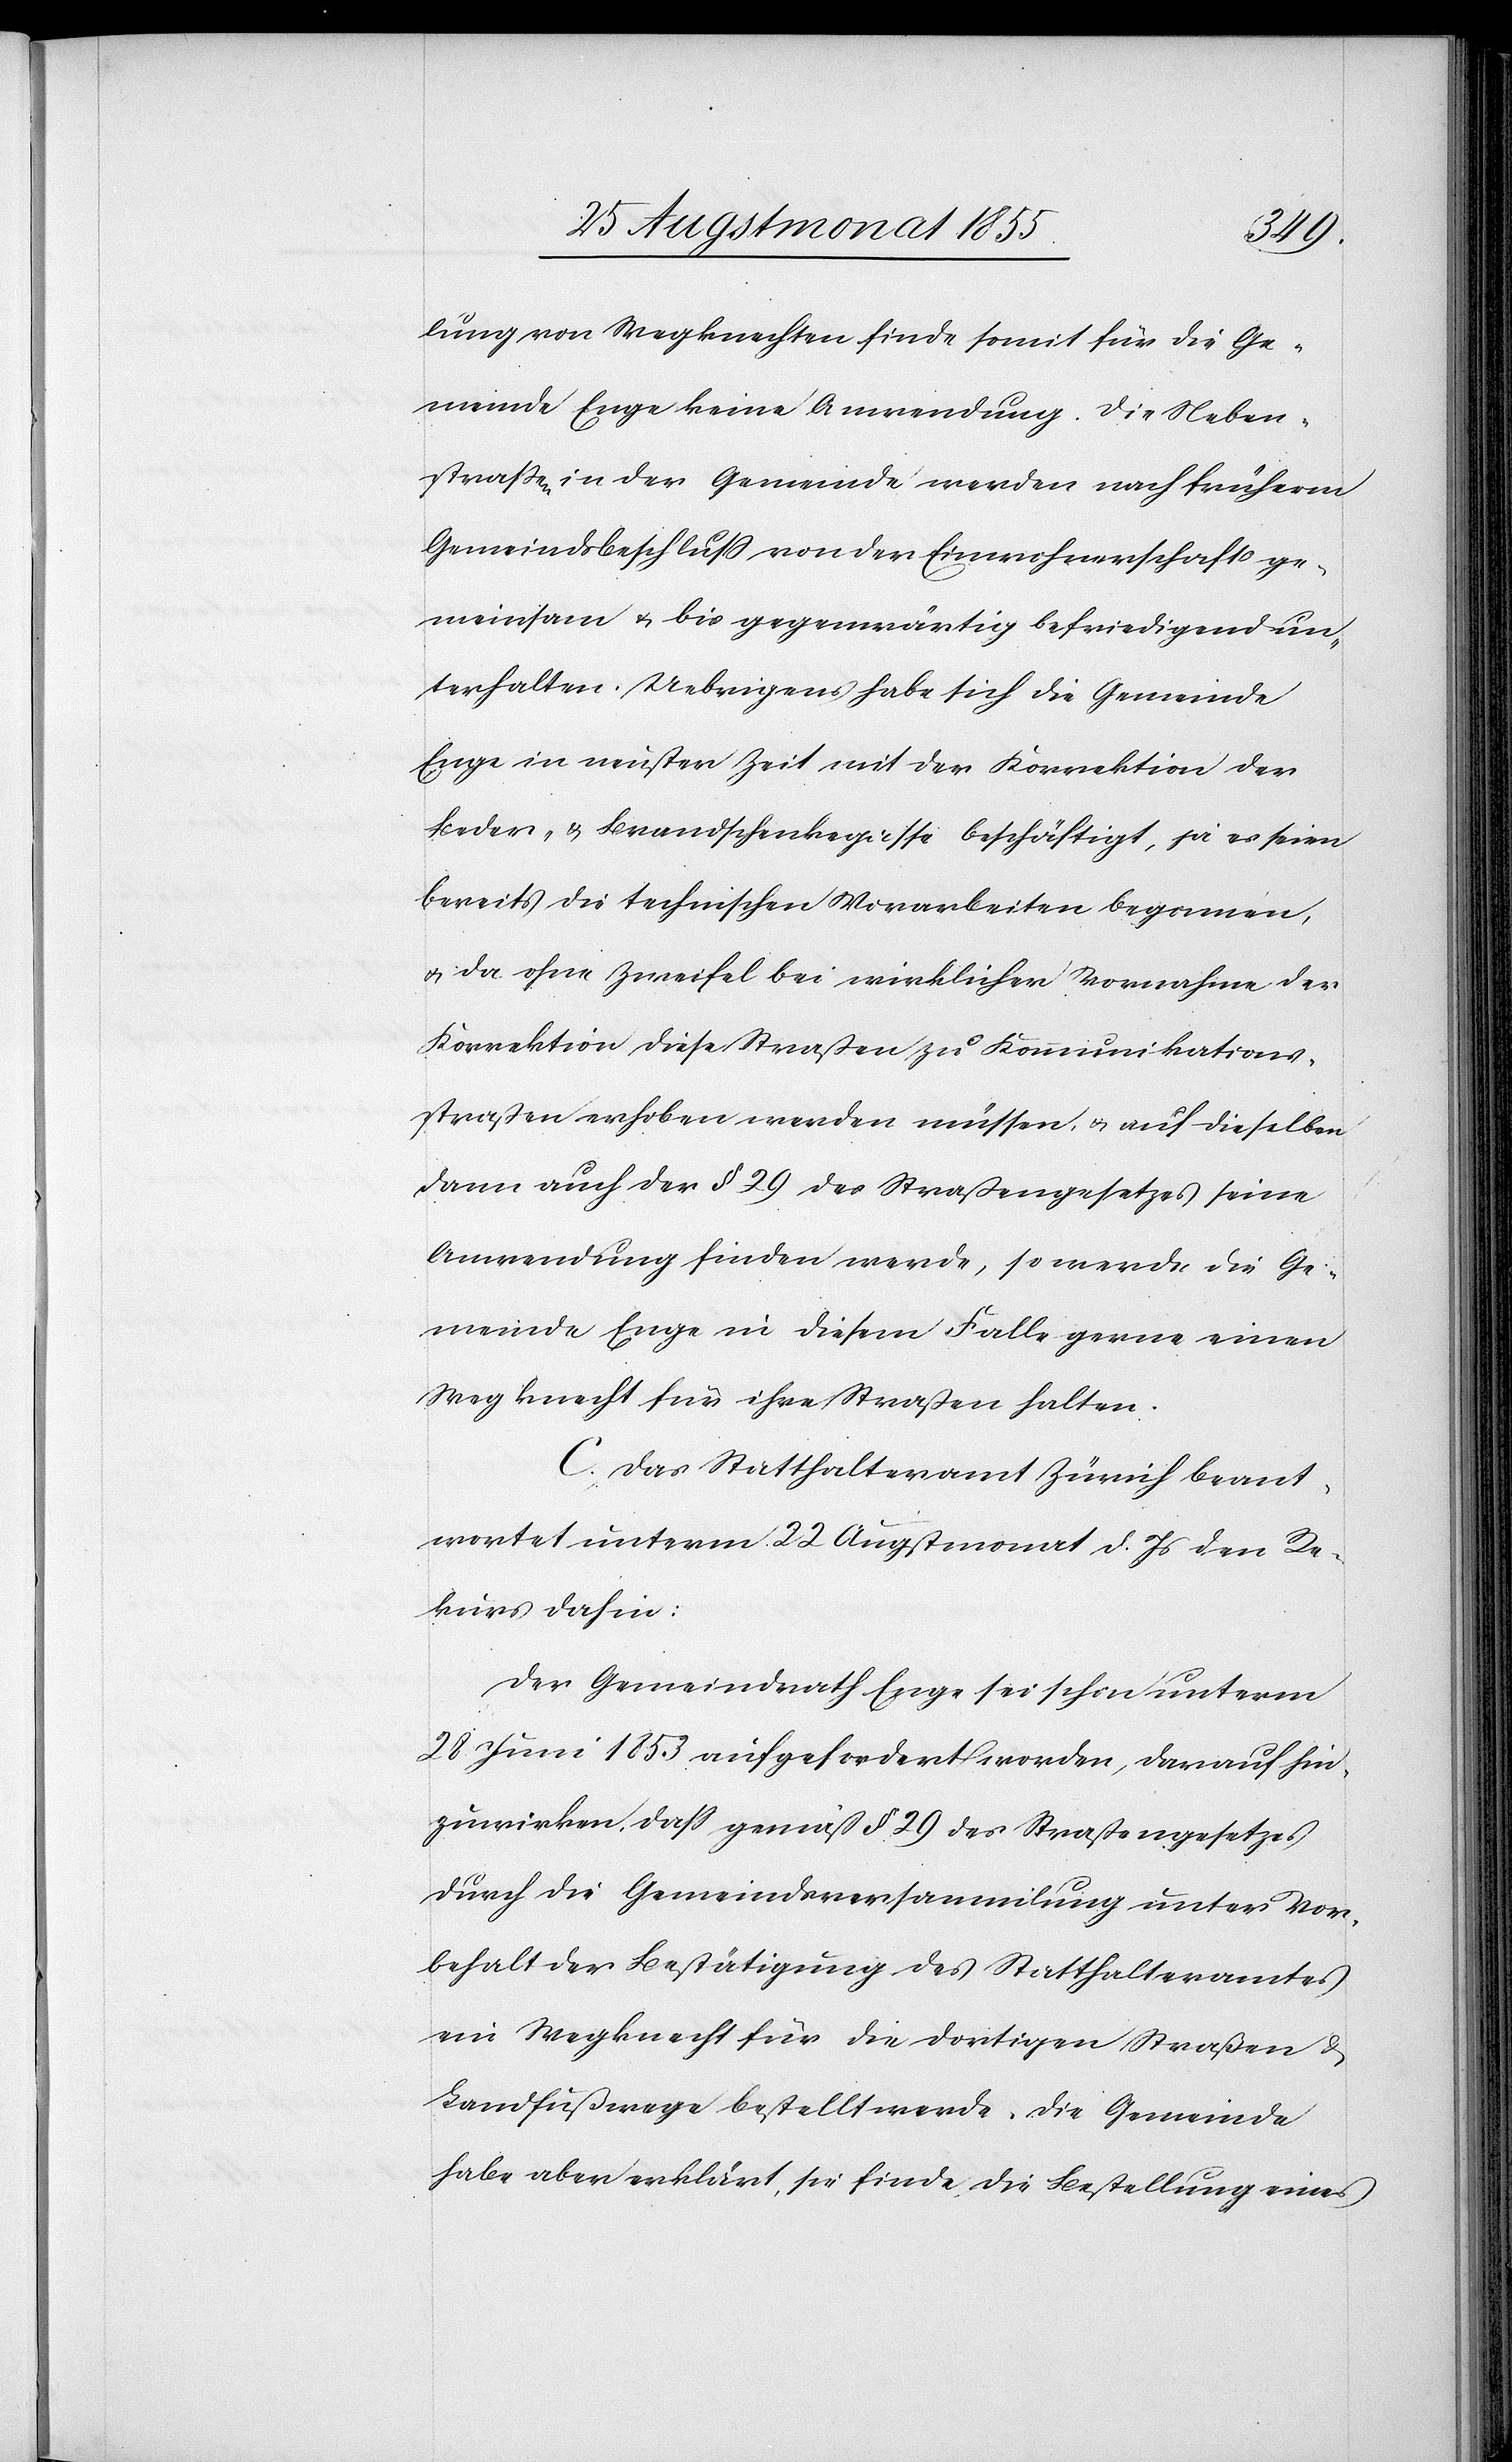
lung von Wegknechten finde somit für die Ge¬
meinde Enge keine Anwendung. Die Neben¬
straßen in der Gemeinde werden nach früherm
Gemeindsbeschluss von der Einwohnerschaft ge¬
meinsam & bis gegenwärtig befriedigend un¬
terhalten. Uebrigens habe sich die Gemeinde
Enge in neuster Zeit mit der Korrektion der
Beder- & Brandschenkegasse beschäftigt, ja es seien
bereits die technischen Vorarbeiten begonnen,
& da ohne Zweifel bei wirklicher Vornahme der
Korrektion diese Straßen zu Kommunikations¬
straßen erhoben werden müssen, & auf dieselben
dann auch der § 29 des Straßengesetzes seine
Anwendung finden werde, so werde die Ge¬
meinde Enge in diesem Falle gerne einen
Wegknecht für ihre Straßen halten.
C. Das Statthalteramt Zürich beant¬
wortet unterm 22 Augstmonat d. Js den Re¬
kurs dahin:
Der Gemeindrath Enge sei schon unterm
28. Juni 1853 aufgefordert worden, darauf hin¬
zuwirken, dass gemäß § 29 des Straßengesetzes
durch die Gemeindsversammlung unter Vor¬
behalt der Bestätigung des Statthalteramtes
ein Wegknecht für die dortigen Straßen &
Landfußwege bestellt werde. Die Gemeinde
habe aber erklärt, sie finde die Bestellung eines